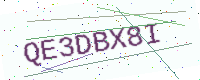
Text: QE3DBX8I